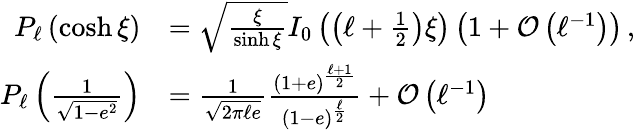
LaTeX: {\begin{array}{rl}{P_{\ell}\left(\cosh\xi\right)}&{={\sqrt{\frac{\xi}{\sinh\xi}}}I_{0}\left(\left(\ell+{\frac{1}{2}}\right)\xi\right)\left(1+{\mathcal{O}}\left(\ell^{-1}\right)\right)\, ,}\\ {P_{\ell}\left({\frac{1}{\sqrt{1-e^{2}}}}\right)}&{={\frac{1}{\sqrt{2\pi\ell e}}}{\frac{(1+e)^{\frac{\ell+1}{2}}}{(1-e)^{\frac{\ell}{2}}}}+{\mathcal{O}}\left(\ell^{-1}\right)}\end{array}}